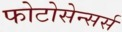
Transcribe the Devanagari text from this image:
फोटोसेन्सर्स